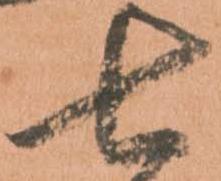
七